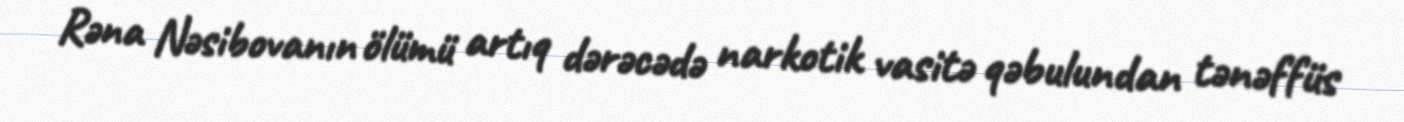
Rəna Nəsibovanın ölümü artıq dərəcədə narkotik vasitə qəbulundan tənəffüs